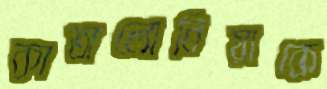
কাতালোনিয়াকে